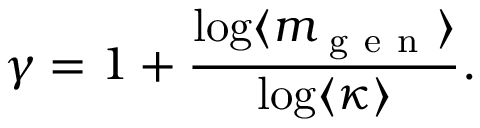
\gamma = 1 + \frac { \log \langle m _ { \mathrm { ~ g ~ e ~ n ~ } } \rangle } { \log \langle \kappa \rangle } .